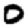
Digit: 0